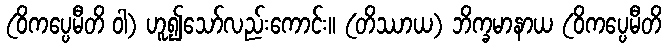
(ဝိကပ္ပေမီတိ ဝါ) ဟူ၍သော်လည်းကောင်း။ (တိဿာယ) ဘိက္ခမာနာယ (ဝိကပ္ပေမီတိ